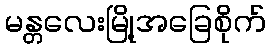
မန္တလေးမြို့အခြေစိုက်